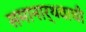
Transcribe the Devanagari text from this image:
समानार्थवाची